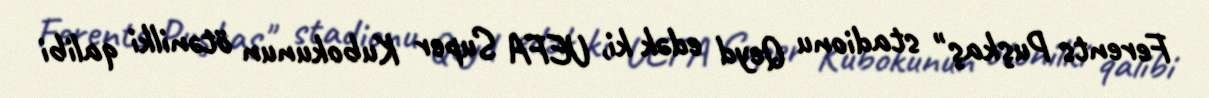
Ferents Puşkaş" stadionu Qeyd edək ki, UEFA Super Kubokunun ötənilki qalibi